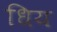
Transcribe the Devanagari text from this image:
धिय